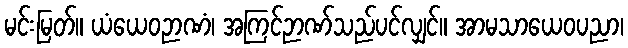
မင်းမြတ်။ ယံယေဝဉာဏံ၊ အကြင်ဉာဏ်သည်ပင်လျှင်။ အာမသာယေဝပညာ၊